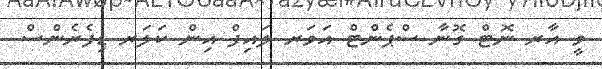
ވީ އާރ ނޮޓް ގޮނާ ސްޕެންޓް އަވަރ ލައިފް އިން ކަލަރ ޑިފެރެންސް..